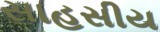
સાહસીય